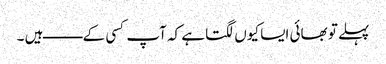
پہلے تو بھائی ایسا کیوں لگتا ہے کہ آپ کسی کے ـــــــــ ہیں ۔